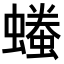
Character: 𧑞